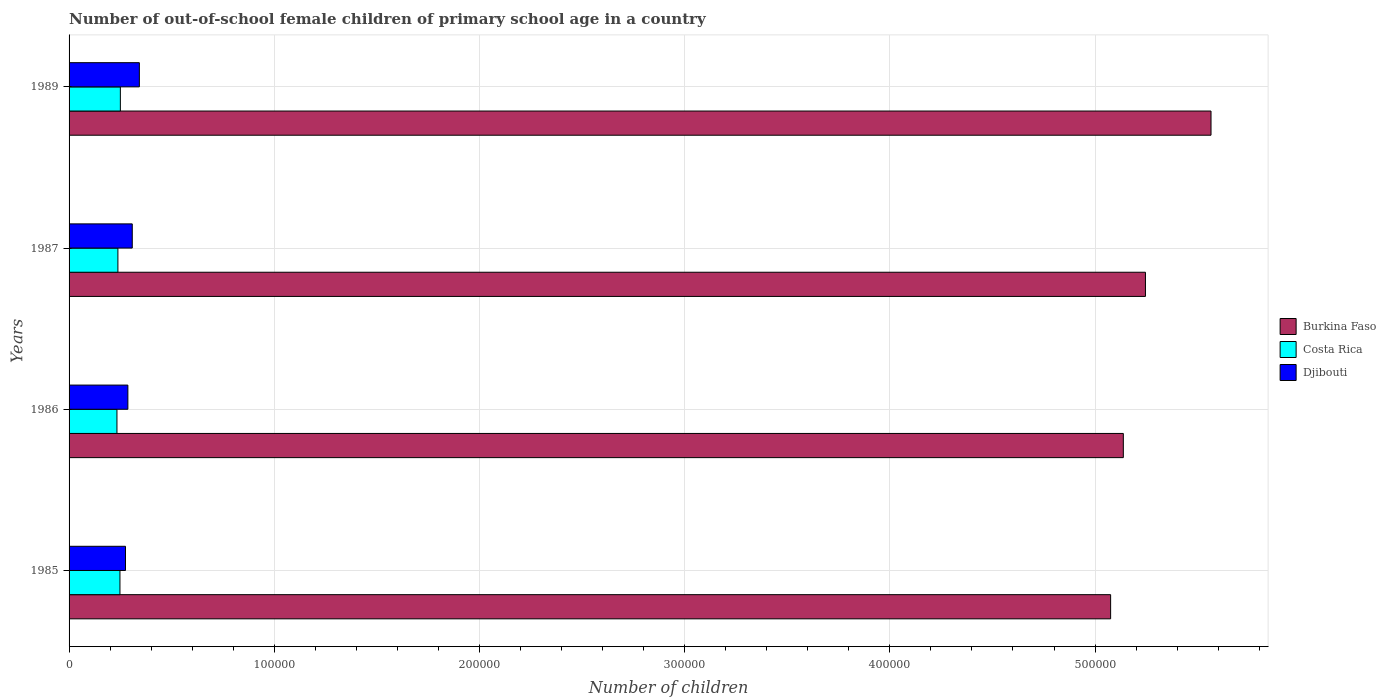
| Years | Burkina Faso | Costa Rica | Djibouti |
 | --- | --- | --- | --- |
 | 1985 | 5.08e+05 | 2.48e+04 | 2.75e+04 |
 | 1986 | 5.14e+05 | 2.33e+04 | 2.87e+04 |
 | 1987 | 5.25e+05 | 2.38e+04 | 3.08e+04 |
 | 1989 | 5.57e+05 | 2.5e+04 | 3.43e+04 |